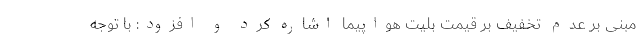
مبنی بر عدم تخفیف بر قیمت بلیت هواپیما اشاره کرد و افزود: با توجه